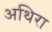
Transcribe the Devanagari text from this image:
अथिरा